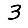
Digit: 3